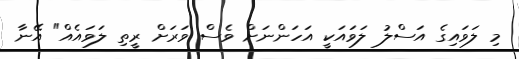
މި ލަަވައިގެ އަސްލު ލަވައަކީ އަހަންނަށް ވެސް ވަރަށް ރީތި ލަވައެއް" އޭނާ